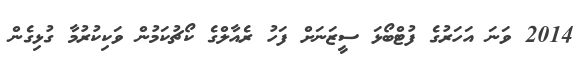
2014 ވަނަ އަހަރުގެ ފުޓްބޯޅަ ސީޒަނަށް ފަހު ރެއާލްގެ ކޯޗުކަމުން ވަކިކުރުމާ ގުޅިގެން